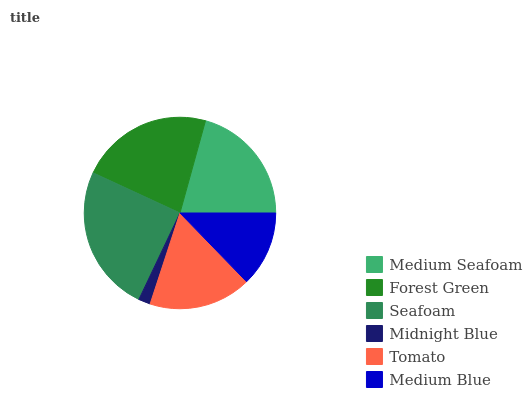
| Medium Seafoam | Forest Green | Seafoam | Midnight Blue | Tomato | Medium Blue |
 | --- | --- | --- | --- | --- | --- |
 | 20.7% | 22.4% | 24.8% | 2.02% | 17.3% | 12.7% |